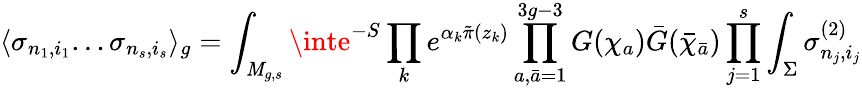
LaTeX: \langle\sigma_{n_{1},i_{1}}...\sigma_{n_{s},i_{s}}\rangle_{g}=\int_{{\cal\mathit{M}}_{g,s}}\inte^{-S}\prod_{k}e^{\alpha_{k}{\tilde{{\pi}}}(z_{k})}\prod_{a,{\bar{{a}}}=1}^{3g-3}G(\chi_{a}){\bar{{G}}}({\bar{{\chi}}}_{\bar{{a}}})\prod_{j=1}^{s}\int_{\Sigma}\sigma_{n_{j},i_{j}}^{(2)}